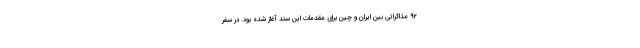
۹۲ مذاکراتی بین ایران و چین برای مقدمات این سند آغاز شده بود. در سفر